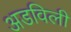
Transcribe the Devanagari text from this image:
अडविली